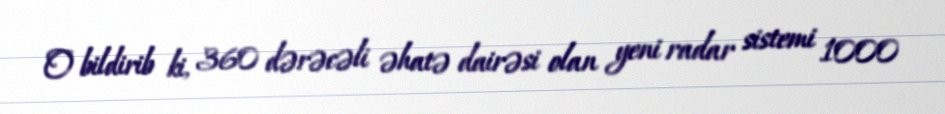
O bildirib ki, 360 dərəcəli əhatə dairəsi olan yeni radar sistemi 1000